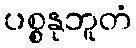
ပစ္စနုဘူတံ